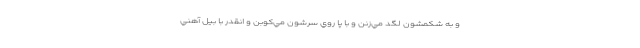
و به شكمشون لگد مي‌زنن و با پا روي سرشون مي‌كوبن و انقدر با بيل آهني